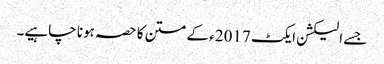
جسے الیکشن ایکٹ 2017ء کے متن کا حصہ ہونا چاہیے۔